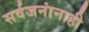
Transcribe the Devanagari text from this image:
सर्वजनांनाही